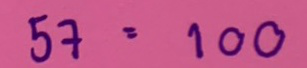
57 = 100